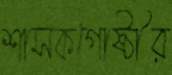
শাসকগোষ্ঠীর